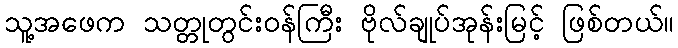
သူ့အဖေက သတ္တုတွင်းဝန်ကြီး ဗိုလ်ချုပ်အုန်းမြင့် ဖြစ်တယ်။